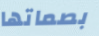
بصماتها